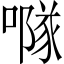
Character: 𠾕